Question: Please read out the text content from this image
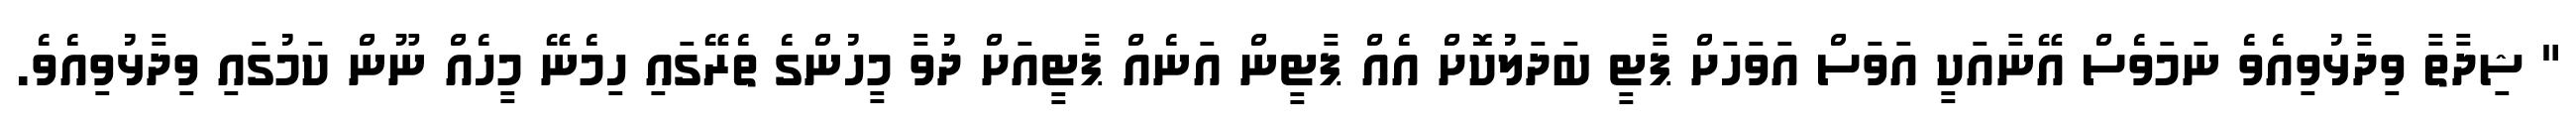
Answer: " ޝިދާތާ ވިދާޅުވިއެވެ ނަމަވެސް އޭނާއަކީ އަވަސް އަވަހަށް ޕާޓީ ބަދަލުކޮށް އެއް ޕާޓީން އަނެއް ޕާޓީއަށް ދުވާ މީހުންގެ ތެރޭގައި ހިމެނޭ މީހެއް ނޫން ކަމުގައި ވިދާޅުވިއެވެ.